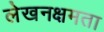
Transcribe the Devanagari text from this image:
लेखनक्षमता